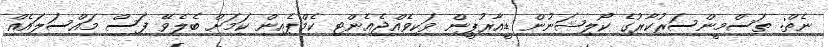
ނެތް: ތަސްމީންސަރުކާރުގެ ކޯލިޝަނުން ޑީއާރުޕީން ވަކިވެއްޖެއެންޓި ކެމްޕެއިން ކަމަށް ބެލެވޭ ފަސް މައްސަލައެއް